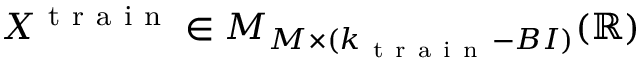
X ^ { \mathrm { ~ t ~ r ~ a ~ i ~ n ~ } } \in { \cal M } _ { M \times ( k _ { \mathrm { ~ t ~ r ~ a ~ i ~ n ~ } } - B I ) } ( \mathbb { R } )